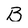
Character: B